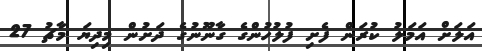
އަލަށް އަމަލު ކުރަން ފެށި ފުލުހުންގެ ގާނޫނުގެ ދަށުން މިދިޔަ މާޗު 27